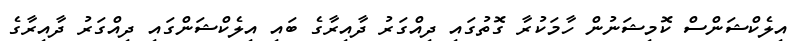
އިލެކްޝަންސް ކޮމިޝަނުން ހާމަކުރާ ގޮތުގައި ދިއްގަރު ދާއިރާގެ ބައި އިލެކްޝަންގައި ދިއްގަރު ދާއިރާގެ